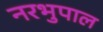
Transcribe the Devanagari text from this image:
नरभुपाल